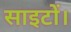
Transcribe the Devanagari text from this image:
साइटों।